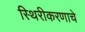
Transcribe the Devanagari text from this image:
स्थिरीकरणाचे